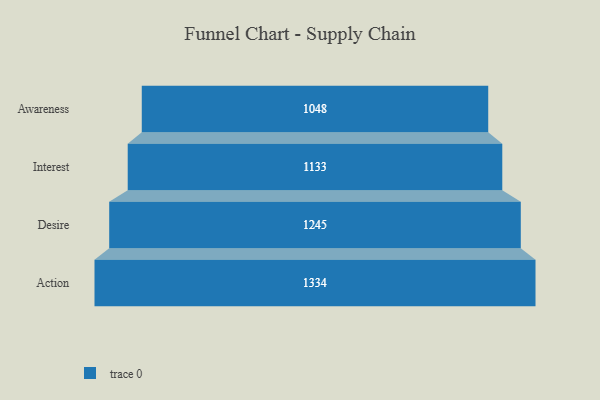
{"axis": {"x": "Stage", "y": "Value"}, "legend": [""], "data": [{"x": "Awareness", "y": 1048.0, "type": ""}, {"x": "Interest", "y": 1133.0, "type": ""}, {"x": "Desire", "y": 1245.0, "type": ""}, {"x": "Action", "y": 1334.0, "type": ""}]}